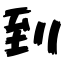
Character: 到